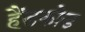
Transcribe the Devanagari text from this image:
हैंडकोड